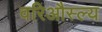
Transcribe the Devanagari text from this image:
वरिऔस्ल्य